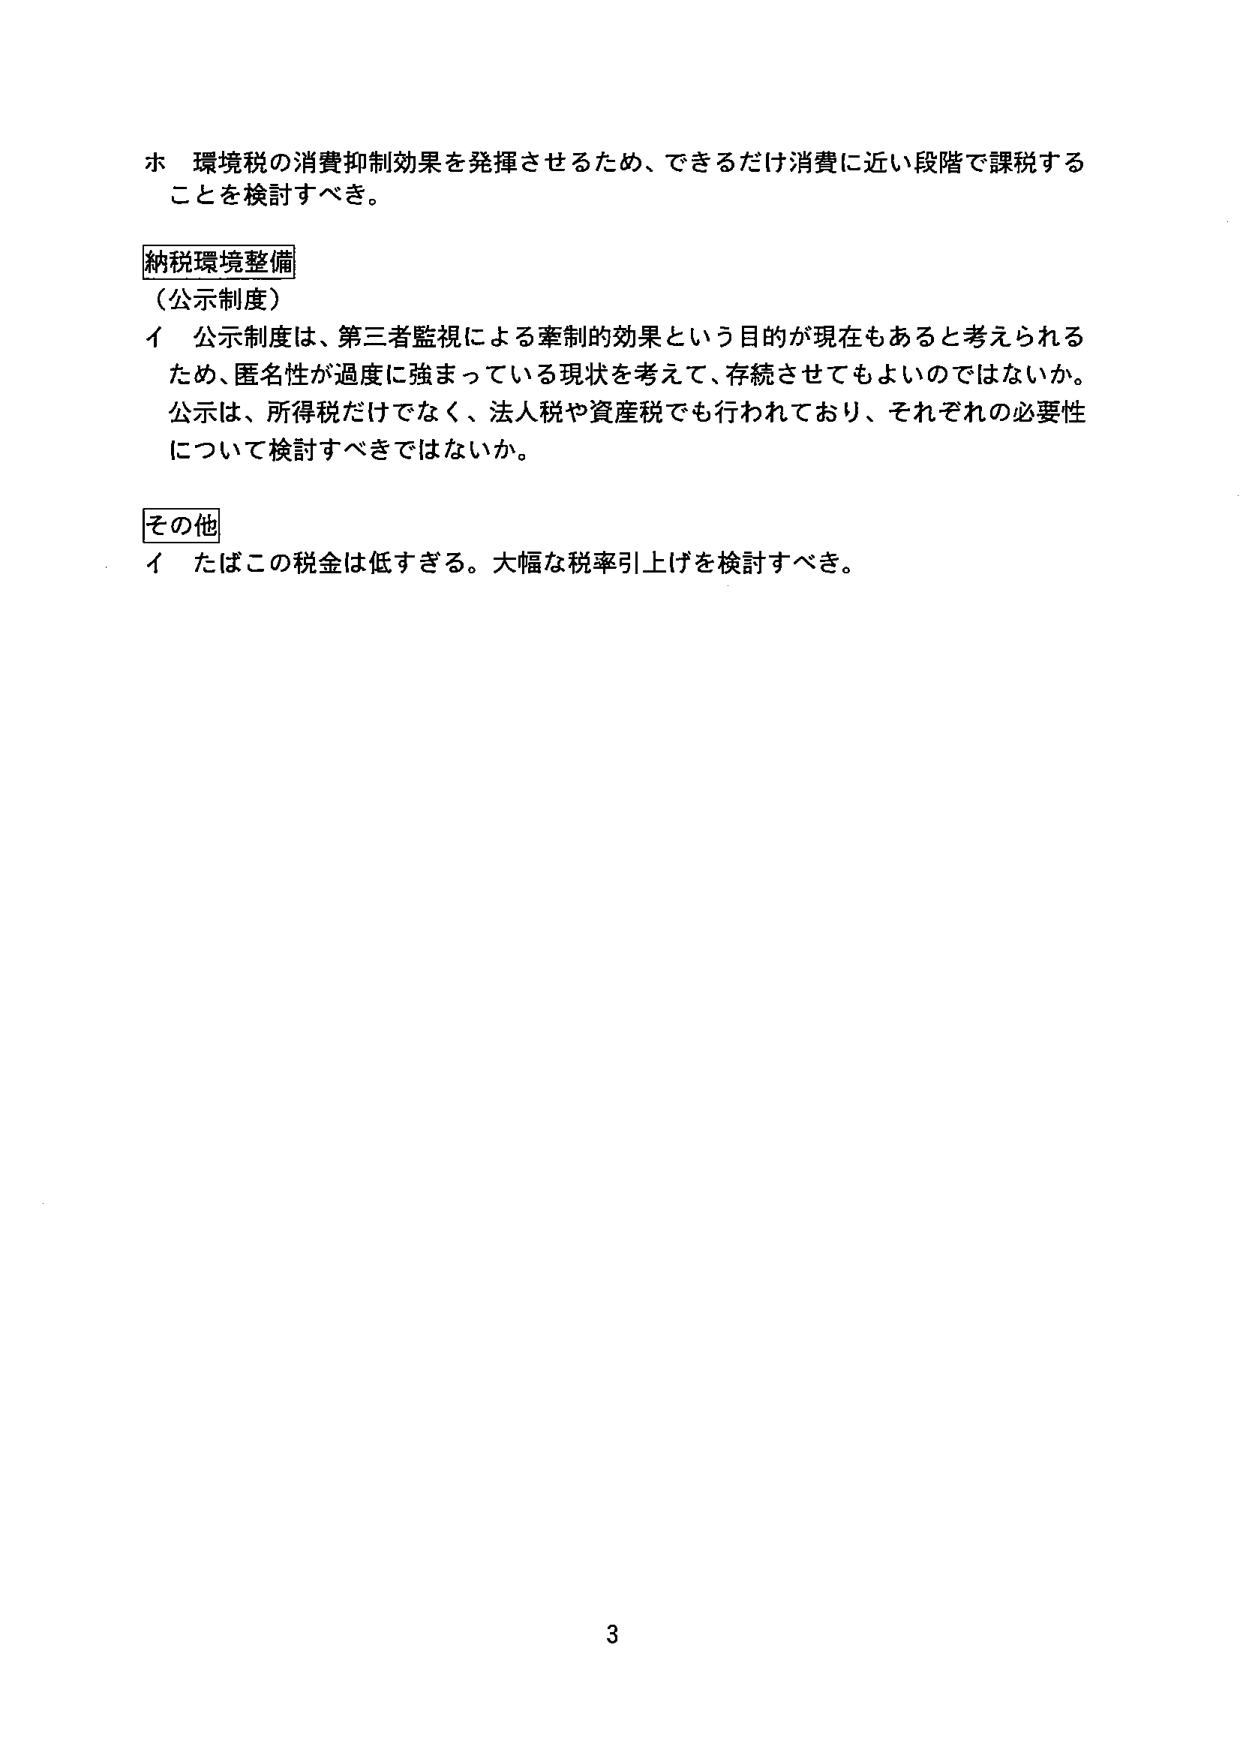
ホ 環境税の消費抑制効果を発揮させるため、できるだけ消費に近い段階で課税することを検討すべき。

納税環境整備
（公示制度）
イ 公示制度は、第三者監視による牽制的効果という目的が現在もあると考えられるため、匿名性が過度に強まっている現状を考えて、存続させてもよいのではないか。公示は、所得税だけでなく、法人税や資産税でも行われており、それぞれの必要性について検討すべきではないか。

その他
イ たばこの税金は低すぎる。大幅な税率引上げを検討すべき。

3